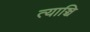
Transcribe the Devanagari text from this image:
त्याञ्चि